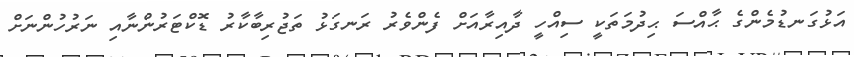
އަޅުގަނޑުމެންގެ ޙާއްސަ ޙިދުމަތަކީ ސިއްހީ ދާއިރާއަށް ފެންވެރު ރަނގަޅު ތަޖުރިބާކާރު ޑޮކްޓަރުންނާއި ނަރުހުންނަށް